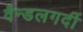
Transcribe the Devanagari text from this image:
वैन्डलगर्दी